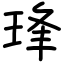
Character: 琒